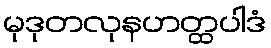
မုဒုတလုနဟတ္ထပါဒံ